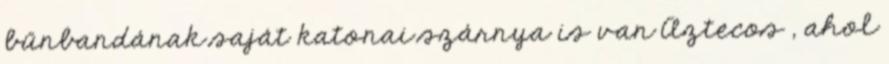
bűnbandának saját katonai szárnya is van Aztecos , ahol